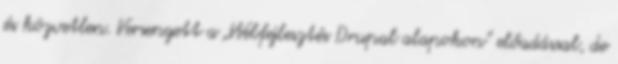
és közvetlen. Versengett a „Webfejlesztés Drupal alapokon” előadással, de